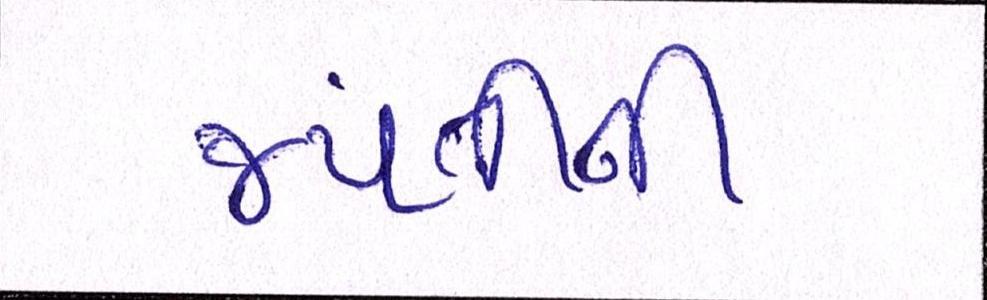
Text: જયંતીની